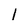
Character: 1